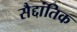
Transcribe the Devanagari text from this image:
सैद्दांतिक